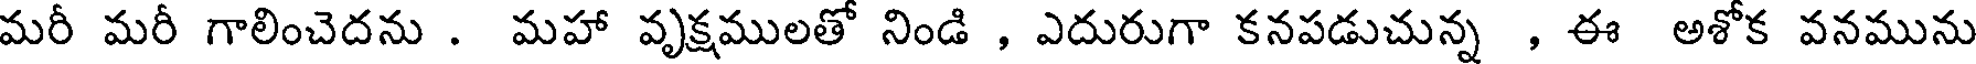
మరీ మరీ గాలించెదను . మహా వృక్షములతో నిండి , ఎదురుగా కనపడుచున్న , ఈ అశోక వనమును